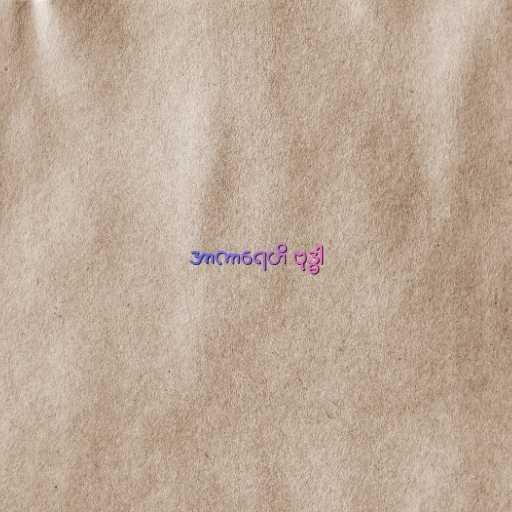
အာကာရေဟိ ဗုဒ္ဓါ